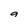
Character: 9